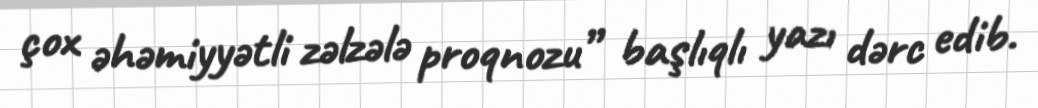
çox əhəmiyyətli zəlzələ proqnozu” başlıqlı yazı dərc edib.